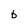
Character: b